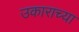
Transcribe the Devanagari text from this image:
उकाराच्या